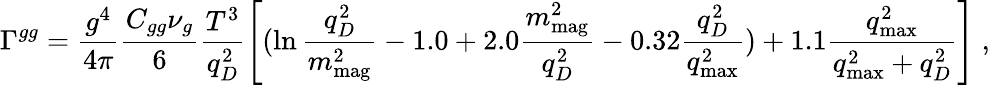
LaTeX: \Gamma^{gg}=\frac{g^{4}}{4\pi}\frac{C_{gg}\nu_{g}}{6}\frac{T^{3}}{q_{D}^{2}}\left[(\ln\frac{q_{D}^{2}}{m_{\mathrm{mag}}^{2}}-1.0+2.0\frac{m_{\mathrm{mag}}^{2}}{q_{D}^{2}}-0.32\frac{q_{D}^{2}}{q_{\mathrm{max}}^{2}})+1.1\frac{q_{\mathrm{max}}^{2}}{q_{\mathrm{max}}^{2}+q_{D}^{2}}\right]\; ,